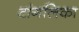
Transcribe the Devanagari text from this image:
टांगलिका